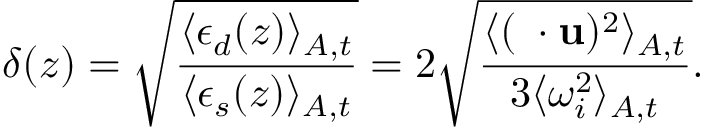
\delta ( z ) = \sqrt { \frac { \langle \epsilon _ { d } ( z ) \rangle _ { A , t } } { \langle \epsilon _ { s } ( z ) \rangle _ { A , t } } } = 2 \sqrt { \frac { \langle ( \mathbf { \nabla } \cdot \mathbf { u } ) ^ { 2 } \rangle _ { A , t } } { 3 \langle \omega _ { i } ^ { 2 } \rangle _ { A , t } } } .